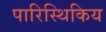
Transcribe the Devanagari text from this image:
पारिस्थिकिय